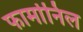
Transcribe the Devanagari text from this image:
फार्मानिल